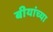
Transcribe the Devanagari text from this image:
बीयांच्या